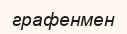
графенмен